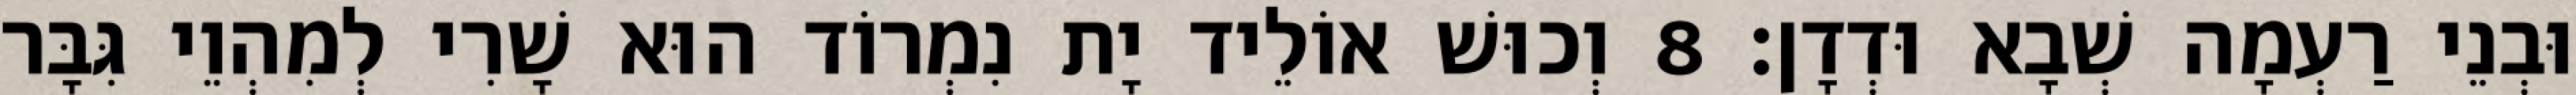
וּבְנֵי רַעְמָה שְׁבָא וּדְדָן׃ 8 וְכוּשׁ אוֹלֵיד יָת נִמְרוֹד הוּא שָׁרִי לְמִהְוֵי גִּבָּר